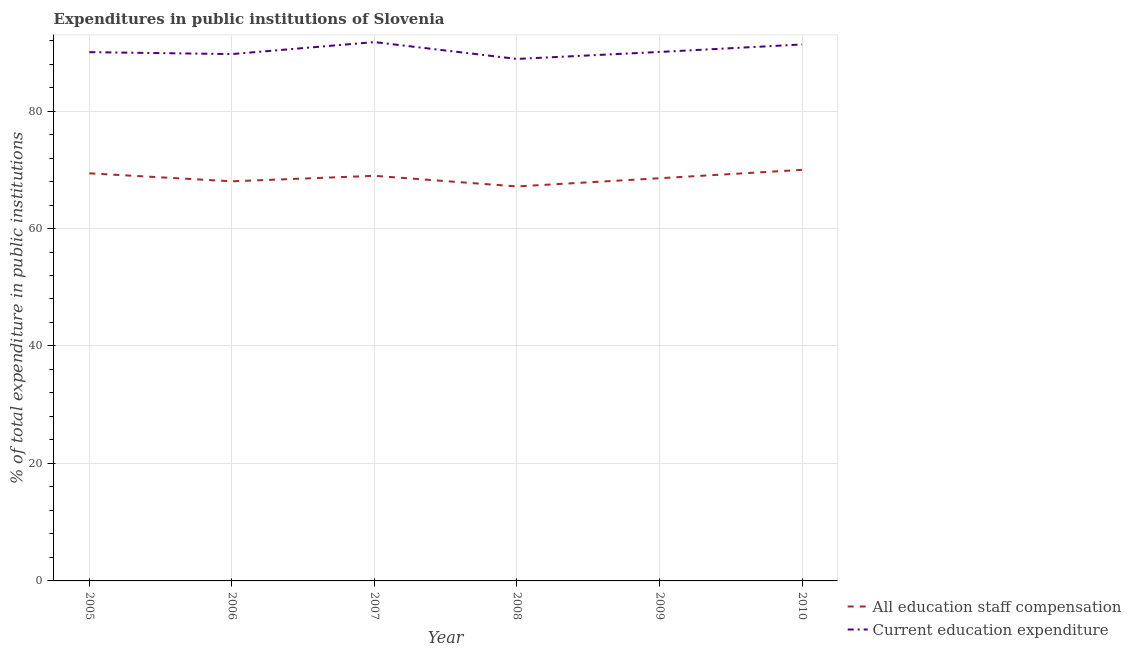
| Year | All education staff compensation | Current education expenditure |
 | --- | --- | --- |
 | 2005 | 69.4 | 90 |
 | 2006 | 68 | 89.7 |
 | 2007 | 69 | 91.7 |
 | 2008 | 67.2 | 88.9 |
 | 2009 | 68.6 | 90.1 |
 | 2010 | 70 | 91.3 |